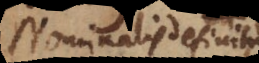
Nominalis definitio